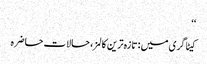
‘‘
کیٹاگری میں : تازہ ترین کالمز، حالات حاضرہ